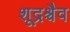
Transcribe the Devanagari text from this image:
शूद्रश्चैव